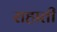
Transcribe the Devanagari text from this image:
राहाती